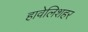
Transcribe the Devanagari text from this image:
हावेलिशहर